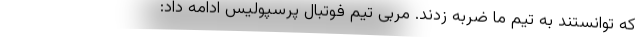
که توانستند به تیم ما ضربه زدند. مربی تیم فوتبال پرسپولیس ادامه داد: